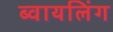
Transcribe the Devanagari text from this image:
ब्वायलिंग